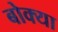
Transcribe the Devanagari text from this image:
बोक्या